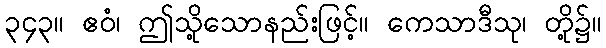
၃၄၃။ ဧဝံ၊ ဤသို့သောနည်းဖြင့်။ ကေသာဒီသု၊ တို့၌။